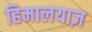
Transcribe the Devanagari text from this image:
हिमालयाज़